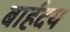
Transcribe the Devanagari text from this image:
बार्हदय